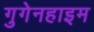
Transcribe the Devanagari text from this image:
गुगेनहाइम